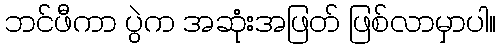
ဘင်ဖီကာ ပွဲက အဆုံးအဖြတ် ဖြစ်လာမှာပါ။